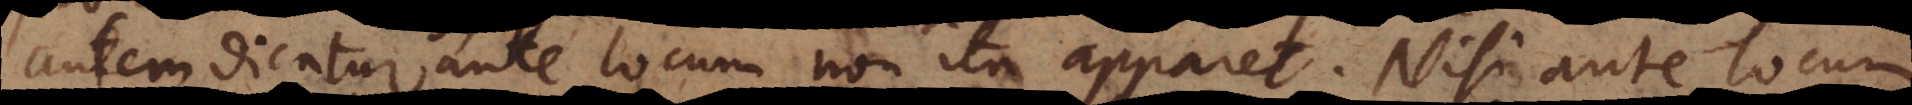
autem dicatur ante locum non ita apparet. Nisi ante locum